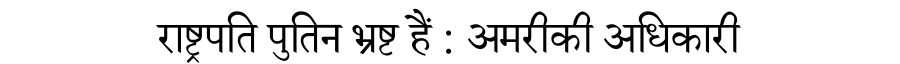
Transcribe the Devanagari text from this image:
राष्ट्रपति पुतिन भ्रष्ट हैं : अमरीकी अधिकारी